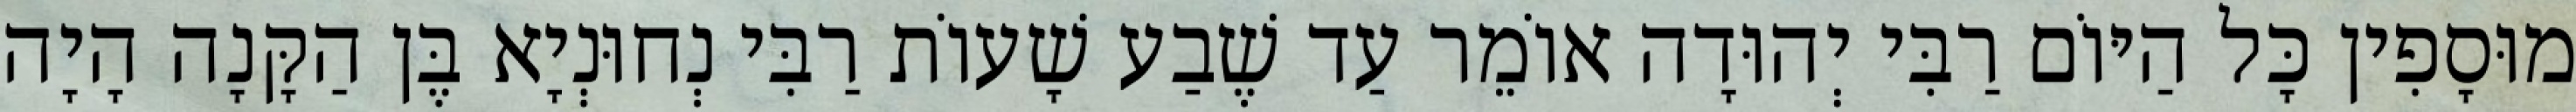
מוּסָפִין כָּל הַיּוֹם רַבִּי יְהוּדָה אוֹמֵר עַד שֶׁבַע שָׁעוֹת רַבִּי נְחוּנְיָא בֶּן הַקָּנָה הָיָה